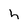
Character: h